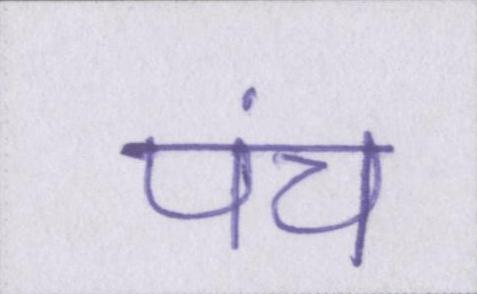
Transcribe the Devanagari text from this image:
पंच